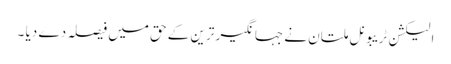
الیکشن ٹریبونل ملتان نے جہانگیر ترین کے حق میں فیصلہ دے دیا ۔